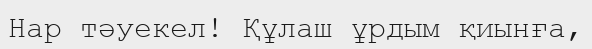
Нар тәуекел! Құлаш ұрдым қиынға,